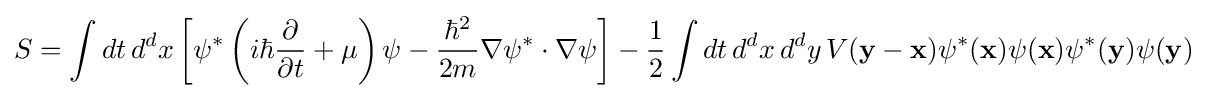
S=\int dt\,d^{d}x\left[\psi ^{*}\left(i\hbar {\frac {\partial }{\partial t}}+\mu \right)\psi -{\frac {\hbar ^{2}}{2m}}\nabla \psi ^{*}\cdot \nabla \psi \right]-{\frac {1}{2}}\int dt\,d^{d}x\,d^{d}y\,V(\mathbf {y} -\mathbf {x} )\psi ^{*}(\mathbf {x} )\psi (\mathbf {x} )\psi ^{*}(\mathbf {y} )\psi (\mathbf {y} )